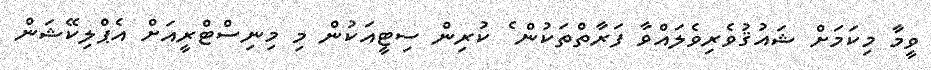
ވީމާ މިކަމަށް ޝައުޤުވެރިވެލައްވާ ފަރާތްތަކުން ެ ކުރިން ސިޓީއަކުން މި މިނިސްޓްރީއަށް އެޕްލިކޭޝަން